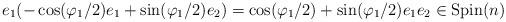
LaTeX: \begin{gather*}e_1(-\cos(\varphi_1/2)e_1 + \sin(\varphi_1/2)e_2)=\cos(\varphi_1/2) + \sin(\varphi_1/2)e_1e_2 \in {\rm Spin}(n)\end{gather*}